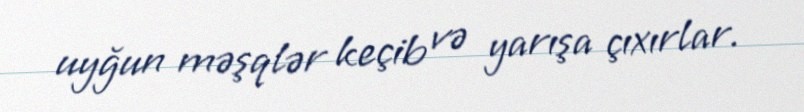
uyğun məşqlər keçib və yarışa çıxırlar.